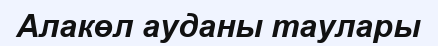
Алакөл ауданы таулары